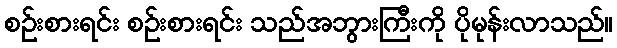
စဉ်းစားရင်း စဉ်းစားရင်း သည်အဘွားကြီးကို ပိုမုန်းလာသည်။